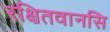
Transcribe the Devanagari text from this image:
रक्षितवानसि